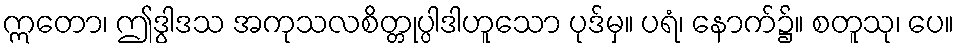
ဣတော၊ ဤဒွါဒသ အကုသလစိတ္တုပ္ပါဒါဟူသော ပုဒ်မှ။ ပရံ၊ နောက်၌။ စတူသု၊ ပေ။